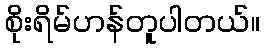
စိုးရိမ်ဟန်တူပါတယ်။